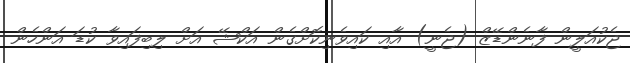
ޖެކުއަލީން ފާނެންޑޭޒް (ޖެނީ) އާއި ކައިވެނިކޮށްގެން އަކްޝޭ އަށް ލިބިފައިވާ ކުޑަ އަންހެން